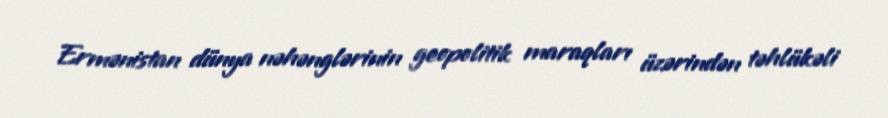
Ermənistan dünya nəhənglərinin geopolitik maraqları üzərindən təhlükəli